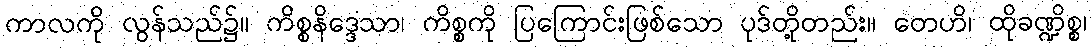
ကာလကို လွန်သည်၌။ ကိစ္စနိဒ္ဒေသာ၊ ကိစ္စကို ပြကြောင်းဖြစ်သော ပုဒ်တို့တည်း။ တေဟိ၊ ထိုခဏ္ဍိစ္စ၊